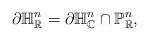
LaTeX: \begin{align*}\partial \mathbb{H}_{\mathbb{R}}^n=\partial \mathbb{H}_{\mathbb{C}}^n \cap \mathbb{P}_{\mathbb{R}}^n,\end{align*}